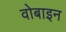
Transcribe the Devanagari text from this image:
वोबाइन